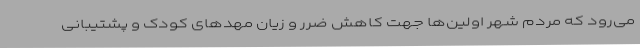
می‌رود که مردم شهر اولین‌ها جهت کاهش ضرر و زیان مهدهای کودک و پشتیبانی